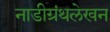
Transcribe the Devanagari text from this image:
नाडीग्रंथलेखन